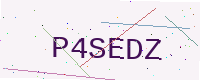
Text: P4SEDZ